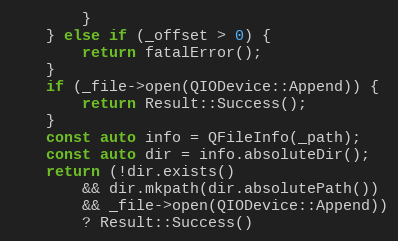
Language: C++
		}
	} else if (_offset > 0) {
		return fatalError();
	}
	if (_file->open(QIODevice::Append)) {
		return Result::Success();
	}
	const auto info = QFileInfo(_path);
	const auto dir = info.absoluteDir();
	return (!dir.exists()
		&& dir.mkpath(dir.absolutePath())
		&& _file->open(QIODevice::Append))
		? Result::Success()